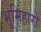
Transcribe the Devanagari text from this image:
भूमिहारो